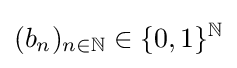
(b_{n})_{n\in \mathbb {N} }\in \{0,1\}^{\mathbb {N} }